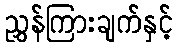
ညွှန်ကြားချက်နှင့်